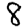
Digit: 8